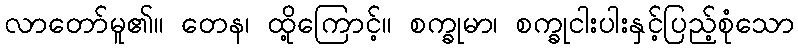
လာတော်မူ၏။ တေန၊ ထို့ကြောင့်။ စက္ခုမာ၊ စက္ခုငါးပါးနှင့်ပြည့်စုံသော